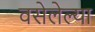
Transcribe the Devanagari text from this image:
वसेलेल्या